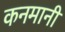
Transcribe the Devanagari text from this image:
कनमानी